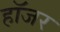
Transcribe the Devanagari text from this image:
हॉजर